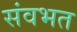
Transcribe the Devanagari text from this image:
संवभत